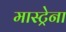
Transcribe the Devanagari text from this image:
मास्ट्रेना